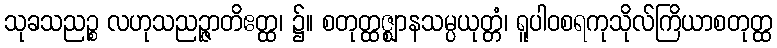
သုခသညဉ္စ လဟုသညဉ္ဇာတိဧတ္ထ၊ ၌။ စတုတ္ထဇ္ဈာနသမ္ပယုတ္တံ၊ ရူပါဝစရကုသိုလ်ကြိယာစတုတ္ထ